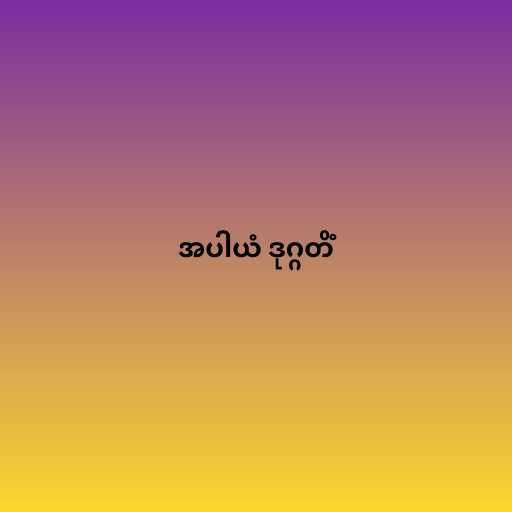
အပါယံ ဒုဂ္ဂတိံ